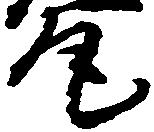
尾